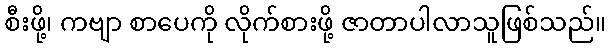
စီးဖို့၊ ကဗျာ စာပေကို လိုက်စားဖို့ ဇာတာပါလာသူဖြစ်သည်။